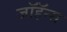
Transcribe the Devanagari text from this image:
जॉहॅन्स